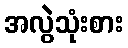
အလွဲသုံးစား